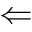
\Leftarrow